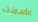
الأسمنت